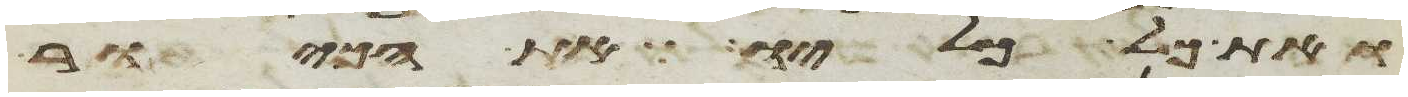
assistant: ואת כל כליו את הכיור